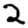
Digit: 2